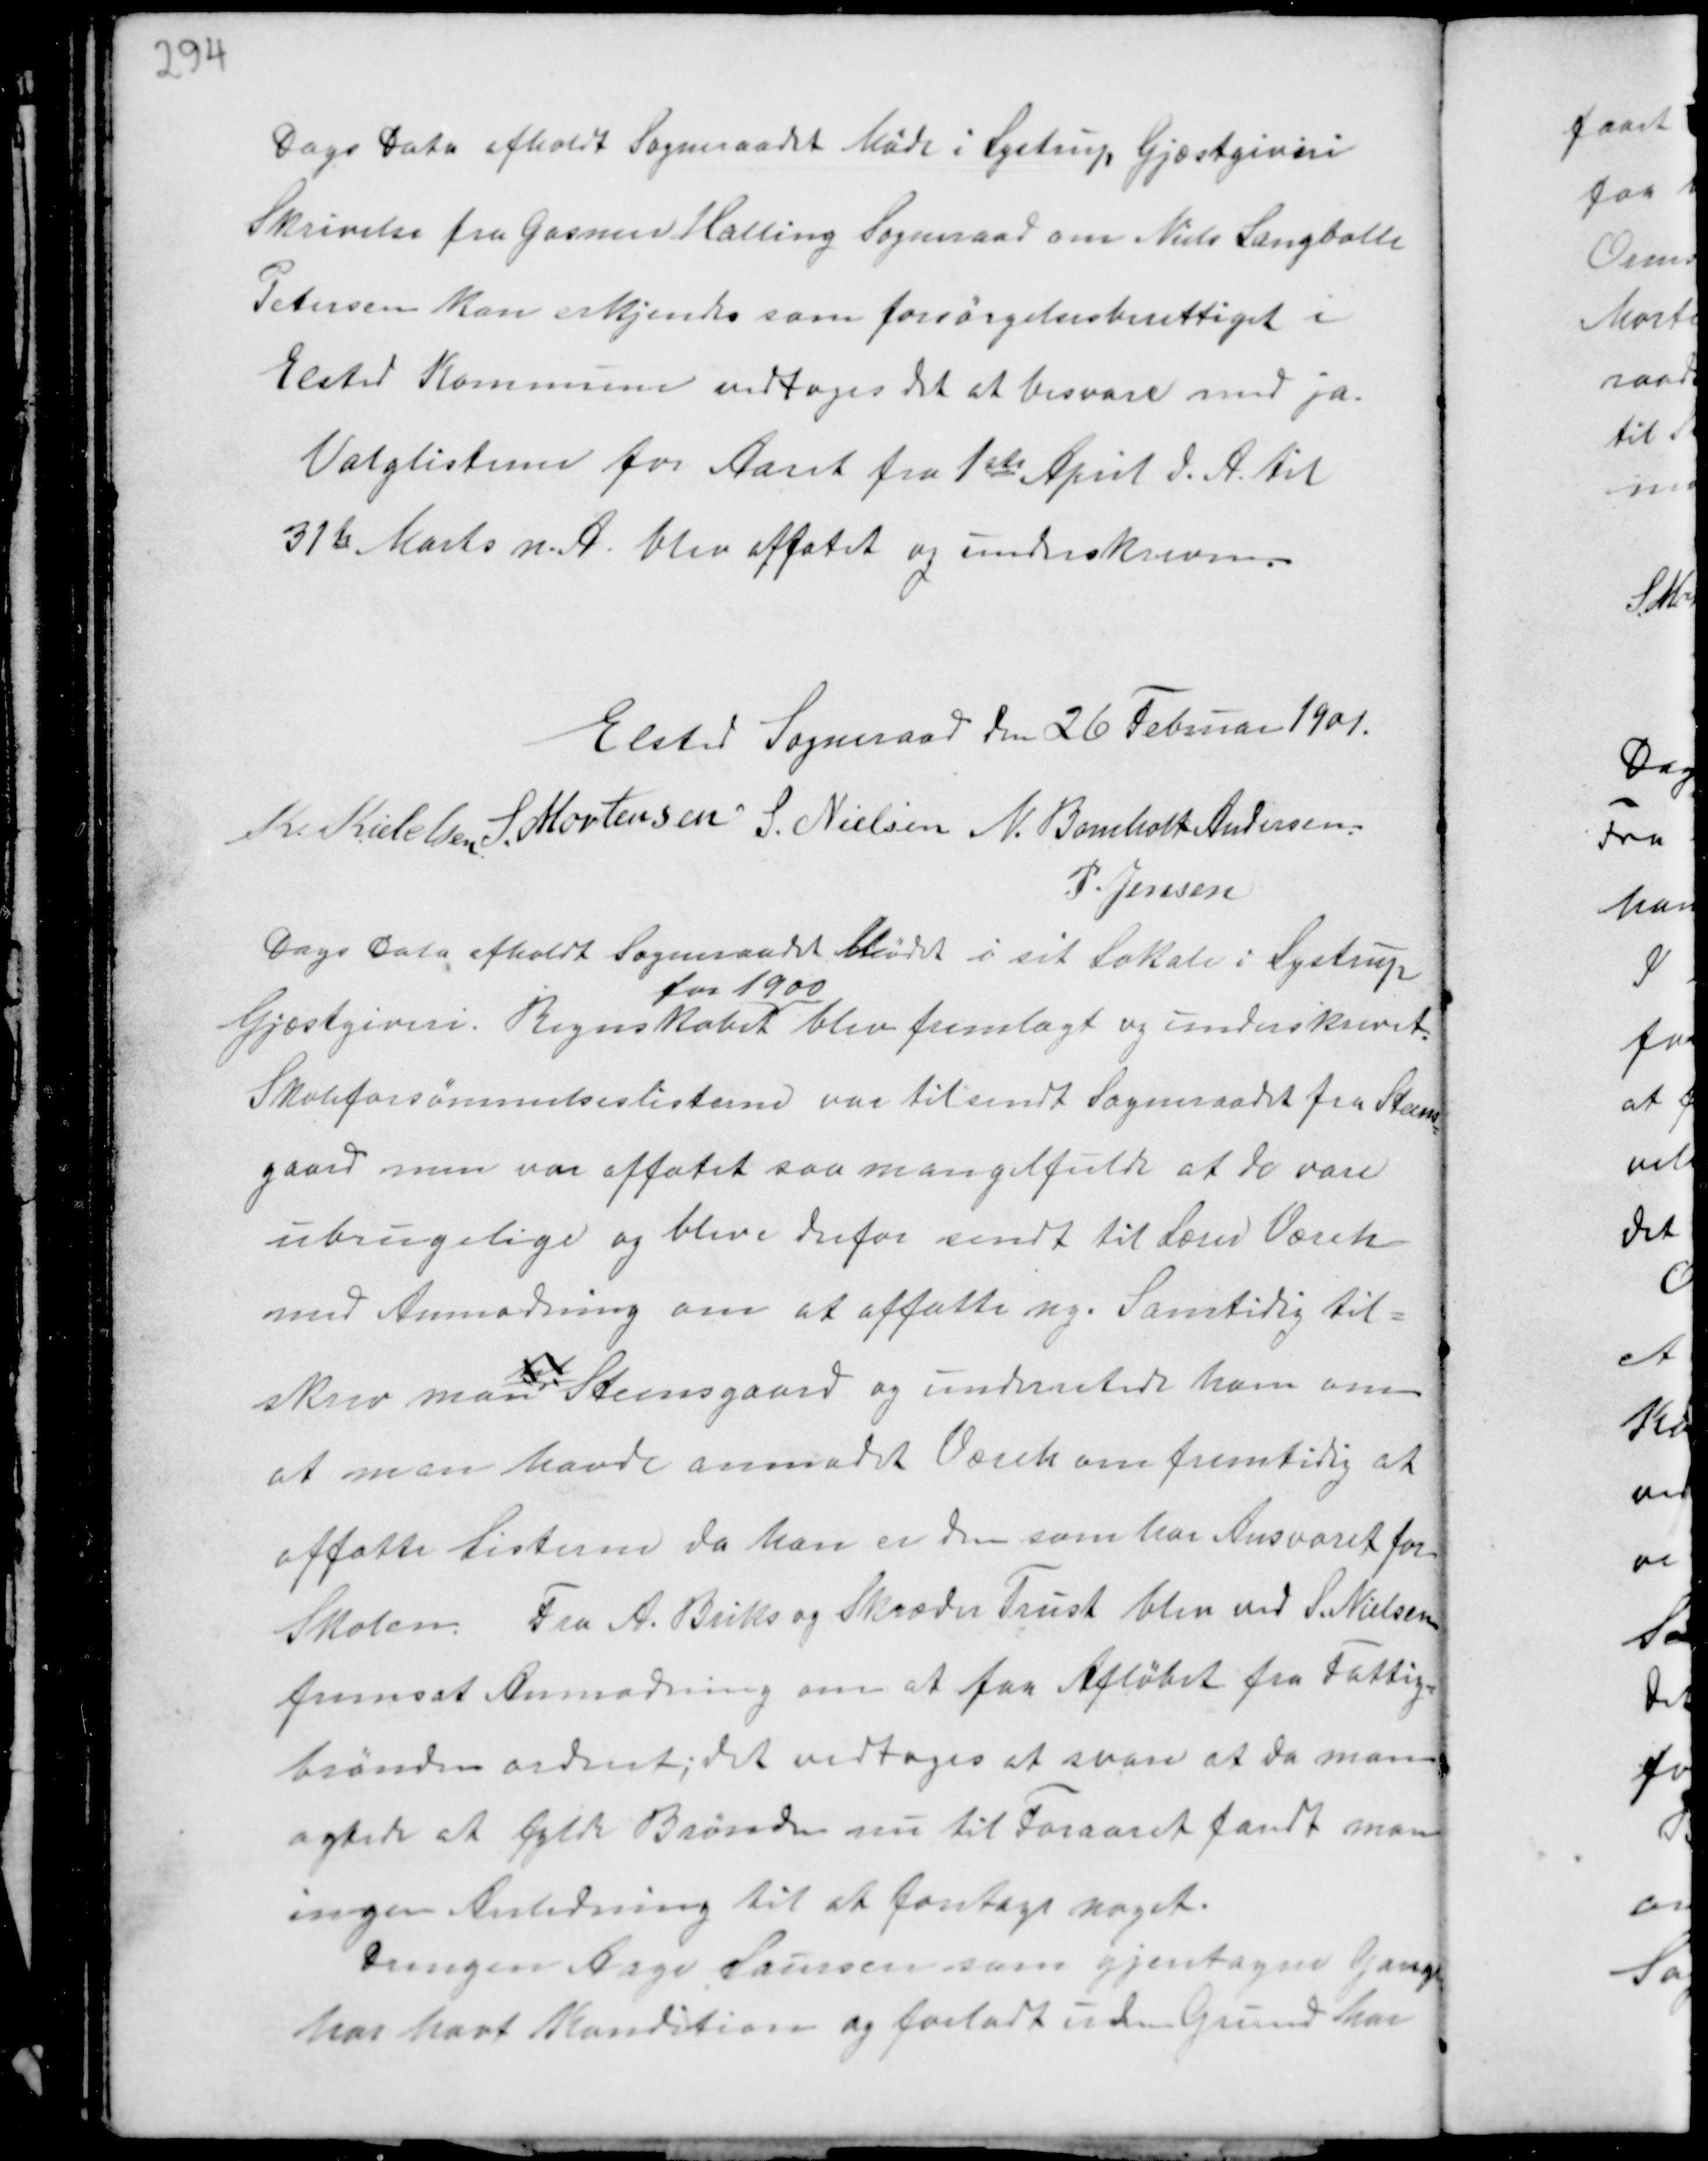
Transskription:
Dags Dato afholdt Sogneraadet Møde i Lystrup Gjæstgiveri
Skrivelse fra Gosmer Hatting Sogneraad om Niels Langballe
Petersen kan erkjendes som forsørgelsesberettiget i
Elsted Kommune vedtoges det at besvare med ja.
Valglisterne for Aaret fra 1ste April d.A. til
31te Marts n.A. blev affatet og underskrevne.

Elsted Sogneraad den 26 Februar 1901.
K. Kieldsen S. Mortensen
S. Nielsen N. Bomholt Andersen
P. Jensen

Dags Dato afholdt Sogneraadet Møde i sit Lokale i Lystrup
Gjæstgiveri. Regnskabet
for 1900
blev fremlagt og underskrevet.
Skoleforsømmelseslisterne var tilsendt Sogneraadet fra Steens-
gaard men var affattet saa mangelfulde at de vare
ubrugelige og bleve derfor sendt til Lærer Væreh
med Anmodning om at affatte ny. Samtidig til-
skrev man
til
Steensgaard og underretede ham om
at man havde anmodet Væreh om fremtidig at
affatte Listerne, da han er den som har Ansvaret for
Skolen. Fra A. Briks og Skræder Trust blev ved S. Nielsen
fremsat Anmodning om at faa Afløbet fra Fattig-
brønden ordnet; det vedtoges at svare at da man
agtede at fylde Brønden nu til Foraaret fandt man
ingen Anledning til at foretage noget.
Drengen Aage Laursen som gjentagne Gange
har havt Kondition og forladt uden Grund har